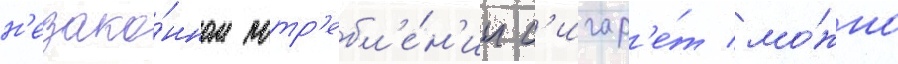
н'езако́нном потр'ебл'е́н'ии с'игар'е́т мо́жно